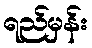
ရည်မှန်း